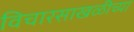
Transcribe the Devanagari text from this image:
विचारसाखळीच्या